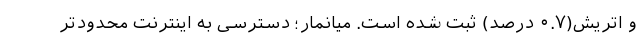
و اتریش(۰.۷ درصد) ثبت شده است. میانمار؛ دسترسی به اینترنت محدودتر